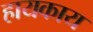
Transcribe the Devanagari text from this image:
हायकाय